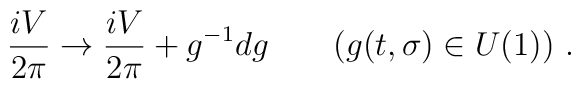
{iV\over 2\pi} \rightarrow {iV\over 2\pi} + g^{-1}dg \qquad\big(g(t,\sigma) \in U(1)\big)\ .